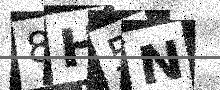
Text: 8H5N